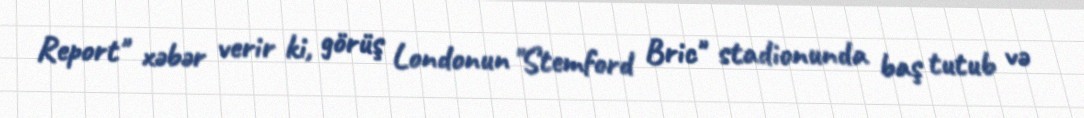
Report" xəbər verir ki, görüş Londonun "Stemford Bric" stadionunda baş tutub və